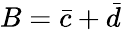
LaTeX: B=\bar{c}+\bar{d}